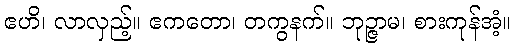
ဧဟိ၊ လာလှည့်။ ဧကတော၊ တကွနက်။ ဘုဉ္ဇာမ၊ စားကုန်အံ့။